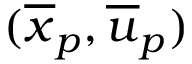
( \overline { { x } } _ { p } , \overline { { u } } _ { p } )